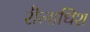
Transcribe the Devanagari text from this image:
शैलाधिश